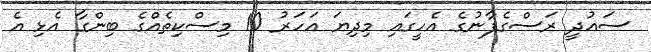
ސައުދީ ރަސްގެފާނުގެ އެހީގައި މިދިޔަ އަހަރު 10 މިސްކިތެއްގެ ބިންގާ އެޅި އެ